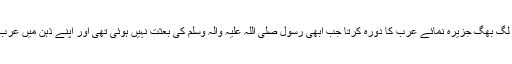
‘‘ اگر کوئی سیاح 612 عیسوی کے لگ بھگ جزیرہ نمائے عرب کا دورہ کرتا جب ابھی رسول صلی اللہ علیہ وآلہ وسلم کی بعثت نہیں ہوئی تھی اور اپنے ذہن میں عرب کے معاشرے کا ایک نقشہ بٹھا لیتا۔